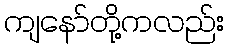
ကျနော်တို့ကလည်း